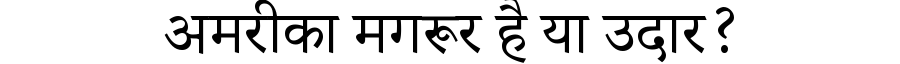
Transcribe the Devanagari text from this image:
अमरीका मगरूर है या उदार?